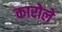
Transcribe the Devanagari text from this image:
कारोले